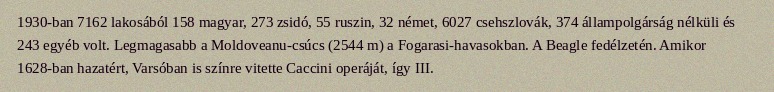
1930-ban 7162 lakosából 158 magyar, 273 zsidó, 55 ruszin, 32 német, 6027 csehszlovák, 374 állampolgárság nélküli és 243 egyéb volt. Legmagasabb a Moldoveanu-csúcs (2544 m) a Fogarasi-havasokban. A Beagle fedélzetén. Amikor 1628-ban hazatért, Varsóban is színre vitette Caccini operáját, így III.